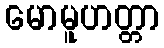
မောမူဟတ္တာ